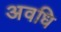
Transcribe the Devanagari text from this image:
अवधि